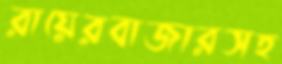
রায়েরবাজারসহ